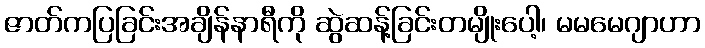
ဇာတ်ကပြခြင်းအချိန်နာရီကို ဆွဲဆန့်ခြင်းတမျိုးပေါ့၊ မမမေဂျာဟာ